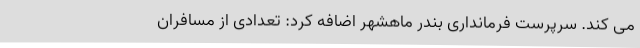
می کند. سرپرست فرمانداری بندر ماهشهر اضافه کرد: تعدادی از مسافران